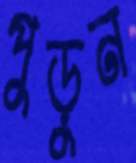
পুড়ুন